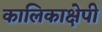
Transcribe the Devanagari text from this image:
कालिकाक्षेपी